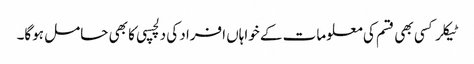
ٹیکلر کسی بھی قسم کی معلومات کے خواہاں افراد کی دلچسپی کا بھی حامل ہوگا۔